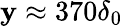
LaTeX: \mathbf{y}\approx370\delta_{0}